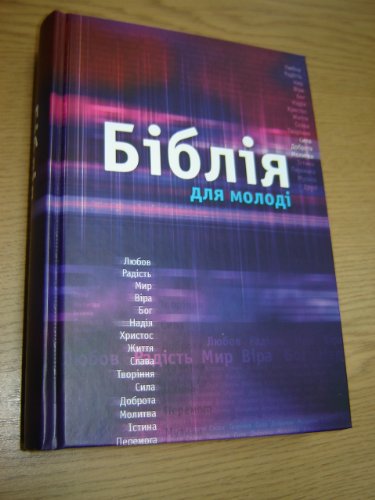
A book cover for Ukrainian Bible for Teenagers and Young Adults with Column References / 96 pages Full Color Introductory section that includes Bible History and Maps; Bible Society; Travel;